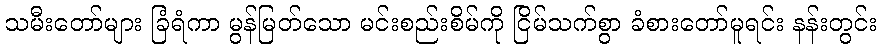
သမီးတော်များ ခြံရံကာ မွန်မြတ်သော မင်းစည်းစိမ်ကို ငြိမ်သက်စွာ ခံစားတော်မူရင်း နန်းတွင်း